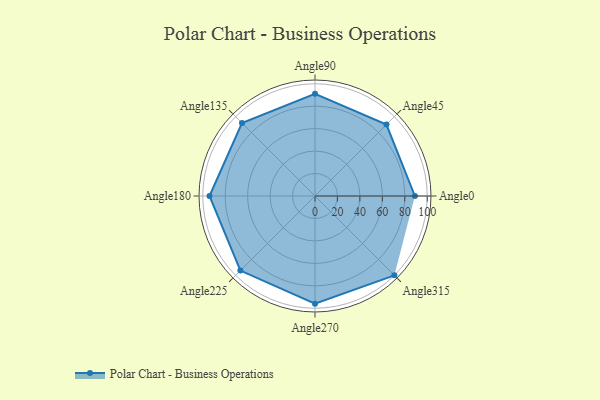
{"axis": {"x": "Angle", "y": "Radius"}, "legend": [""], "data": [{"x": "Angle0", "y": 89.0, "type": ""}, {"x": "Angle45", "y": 90.0, "type": ""}, {"x": "Angle90", "y": 91.0, "type": ""}, {"x": "Angle135", "y": 92.0, "type": ""}, {"x": "Angle180", "y": 94.0, "type": ""}, {"x": "Angle225", "y": 94.0, "type": ""}, {"x": "Angle270", "y": 96.0, "type": ""}, {"x": "Angle315", "y": 100.0, "type": ""}]}